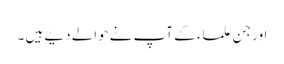
اور جن علماء کے آپ نے‌حوالے دیے ہیں ۔